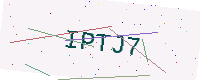
Text: IPTJ7